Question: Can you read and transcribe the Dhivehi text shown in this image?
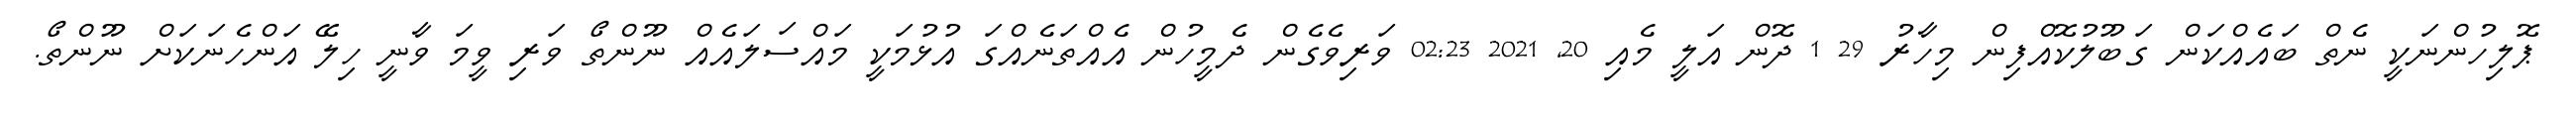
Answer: ޕޮލިހުންނަކީ ނެތް ބައެއްކަން ގަބޫލުކޮއްފިން މިހާރު 29 1 ދޮން އަލީ މެއި 20, 2021 02:23 ވަރިވެގެން ދެމީހުން އެއްތަނެއްގަ އުޅުމަކީ މައްސަލައެއް ނޫންތޯ ވަރި ވީމަ ވާނީ ހިލޭ އަންހެނަކަށް ނޫންތޯ.